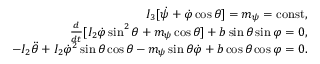
\begin{array} { r } { I _ { 3 } [ \dot { \psi } + \dot { \varphi } \cos \theta ] = m _ { \psi } = \mathrm { c o n s t } , } \\ { \frac { d } { d t } [ I _ { 2 } \dot { \varphi } \sin ^ { 2 } \theta + m _ { \psi } \cos \theta ] + b \sin \theta \sin \varphi = 0 , } \\ { - I _ { 2 } \ddot { \theta } + I _ { 2 } \dot { \varphi } ^ { 2 } \sin \theta \cos \theta - m _ { \psi } \sin \theta \dot { \varphi } + b \cos \theta \cos \varphi = 0 . } \end{array}